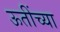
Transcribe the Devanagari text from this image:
ऊतींच्या